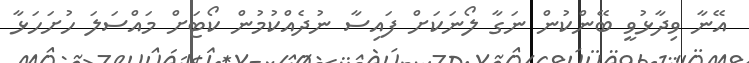
އޭނާ ވިދާޅުވީ ބޭންކުން ނަގާ ލޯނަކަށް ފައިސާ ނުދެއްކުމުން ކޯޓަށް މަައްސަލަ ހުށަހަޅާ